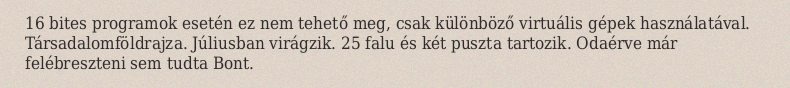
16 bites programok esetén ez nem tehető meg, csak különböző virtuális gépek használatával. Társadalomföldrajza. Júliusban virágzik. 25 falu és két puszta tartozik. Odaérve már felébreszteni sem tudta Bont.